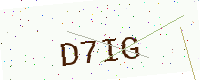
Text: D7IG